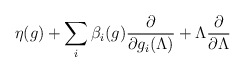
\begin{align*}\eta(g)+\sum_i\beta_i(g)\frac{\partial }{\partial g_i(\Lambda)}+\Lambda\frac{\partial}{\partial \Lambda}\end{align*}